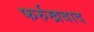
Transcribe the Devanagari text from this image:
फर्रुखबाद